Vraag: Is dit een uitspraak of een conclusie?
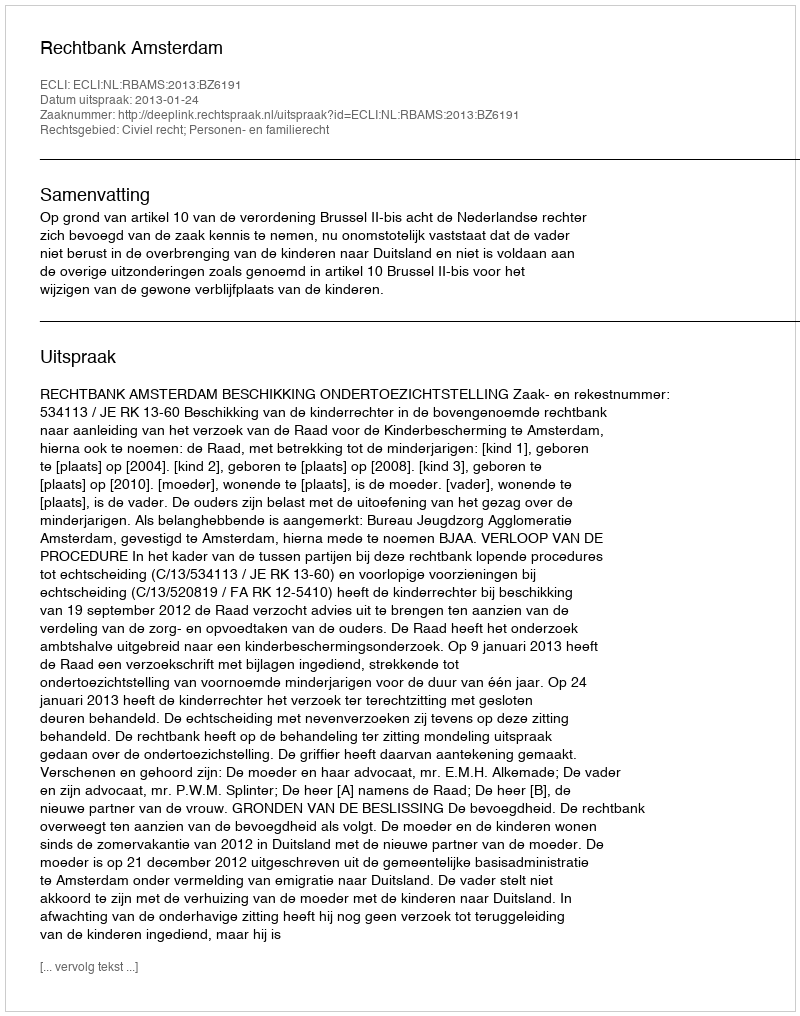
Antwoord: Uitspraak